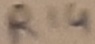
Text: R14